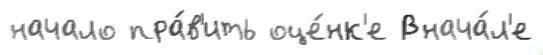
начало пра́в'ить оце́нк'е Внача́л'е